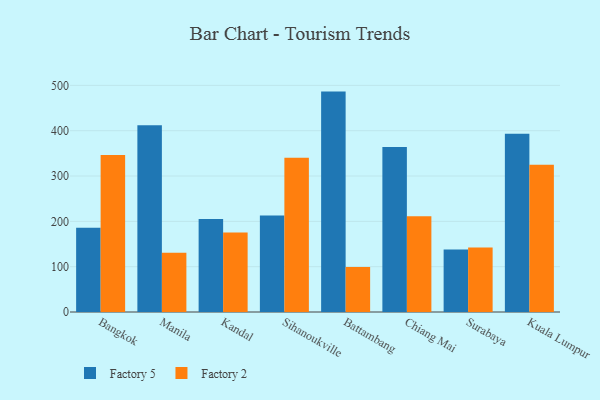
{"axis": {"x": "City", "y": "Bounce Rate (%)"}, "legend": ["Factory 2", "Factory 5"], "data": [{"x": "Bangkok", "y": 185.9, "type": "Factory 5"}, {"x": "Bangkok", "y": 346.4, "type": "Factory 2"}, {"x": "Manila", "y": 411.8, "type": "Factory 5"}, {"x": "Manila", "y": 130.8, "type": "Factory 2"}, {"x": "Kandal", "y": 205.2, "type": "Factory 5"}, {"x": "Kandal", "y": 175.5, "type": "Factory 2"}, {"x": "Sihanoukville", "y": 212.7, "type": "Factory 5"}, {"x": "Sihanoukville", "y": 340.3, "type": "Factory 2"}, {"x": "Battambang", "y": 486.3, "type": "Factory 5"}, {"x": "Battambang", "y": 99.3, "type": "Factory 2"}, {"x": "Chiang Mai", "y": 364.0, "type": "Factory 5"}, {"x": "Chiang Mai", "y": 211.4, "type": "Factory 2"}, {"x": "Surabaya", "y": 138.1, "type": "Factory 5"}, {"x": "Surabaya", "y": 142.4, "type": "Factory 2"}, {"x": "Kuala Lumpur", "y": 393.3, "type": "Factory 5"}, {"x": "Kuala Lumpur", "y": 324.8, "type": "Factory 2"}]}